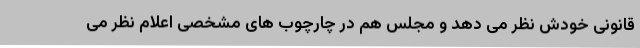
قانونی خودش نظر می دهد و مجلس هم در چارچوب های مشخصی اعلام نظر می